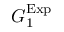
G _ { 1 } ^ { \mathrm { E x p } }